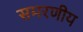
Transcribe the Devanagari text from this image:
समरणीय